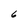
Character: 6